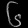
Digit: ၆